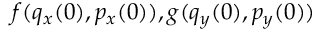
f ( q _ { x } ( 0 ) , p _ { x } ( 0 ) ) , g ( q _ { y } ( 0 ) , p _ { y } ( 0 ) )